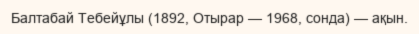
Балтабай Тебейұлы (1892, Отырар — 1968, сонда) — ақын.